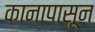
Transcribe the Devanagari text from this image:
कानापासून